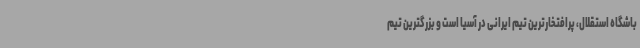
باشگاه استقلال، پرافتخارترین تیم ایرانی در آسیا است و بزرگترین تیم